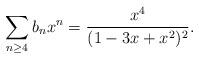
LaTeX: \begin{align*}\sum_{n\geq 4} b_n x^n = \frac{x^4}{(1-3x+x^2)^2}.\end{align*}